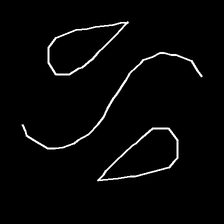
Glyph: water